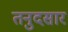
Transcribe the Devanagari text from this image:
तनुदसार